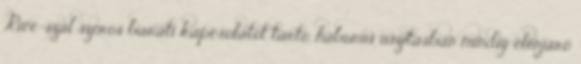
Rice-szal szoros baráti kapcsolatot tartó, háborús uszításban mindig élenjáró